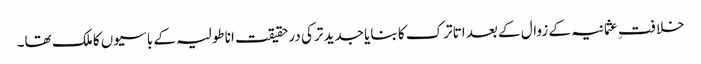
خلافتِ عثمانیہ کے زوال کے بعد اتاترک کا بنایا جدید ترکی درحقیقت اناطولیہ کے باسیوں کا ملک تھا۔